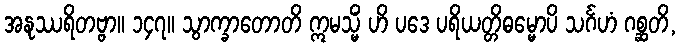
အနုဿရိတဗ္ဗာ။ ၁၄၇။ သွာက္ခာတောတိ ဣမသ္မိံ ဟိ ပဒေ ပရိယတ္တိဓမ္မောပိ သင်္ဂဟံ ဂစ္ဆတိ,